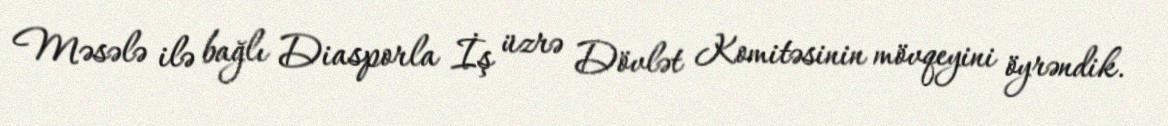
Məsələ ilə bağlı Diasporla İş üzrə Dövlət Komitəsinin mövqeyini öyrəndik.